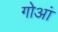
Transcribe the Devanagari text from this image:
गोआं